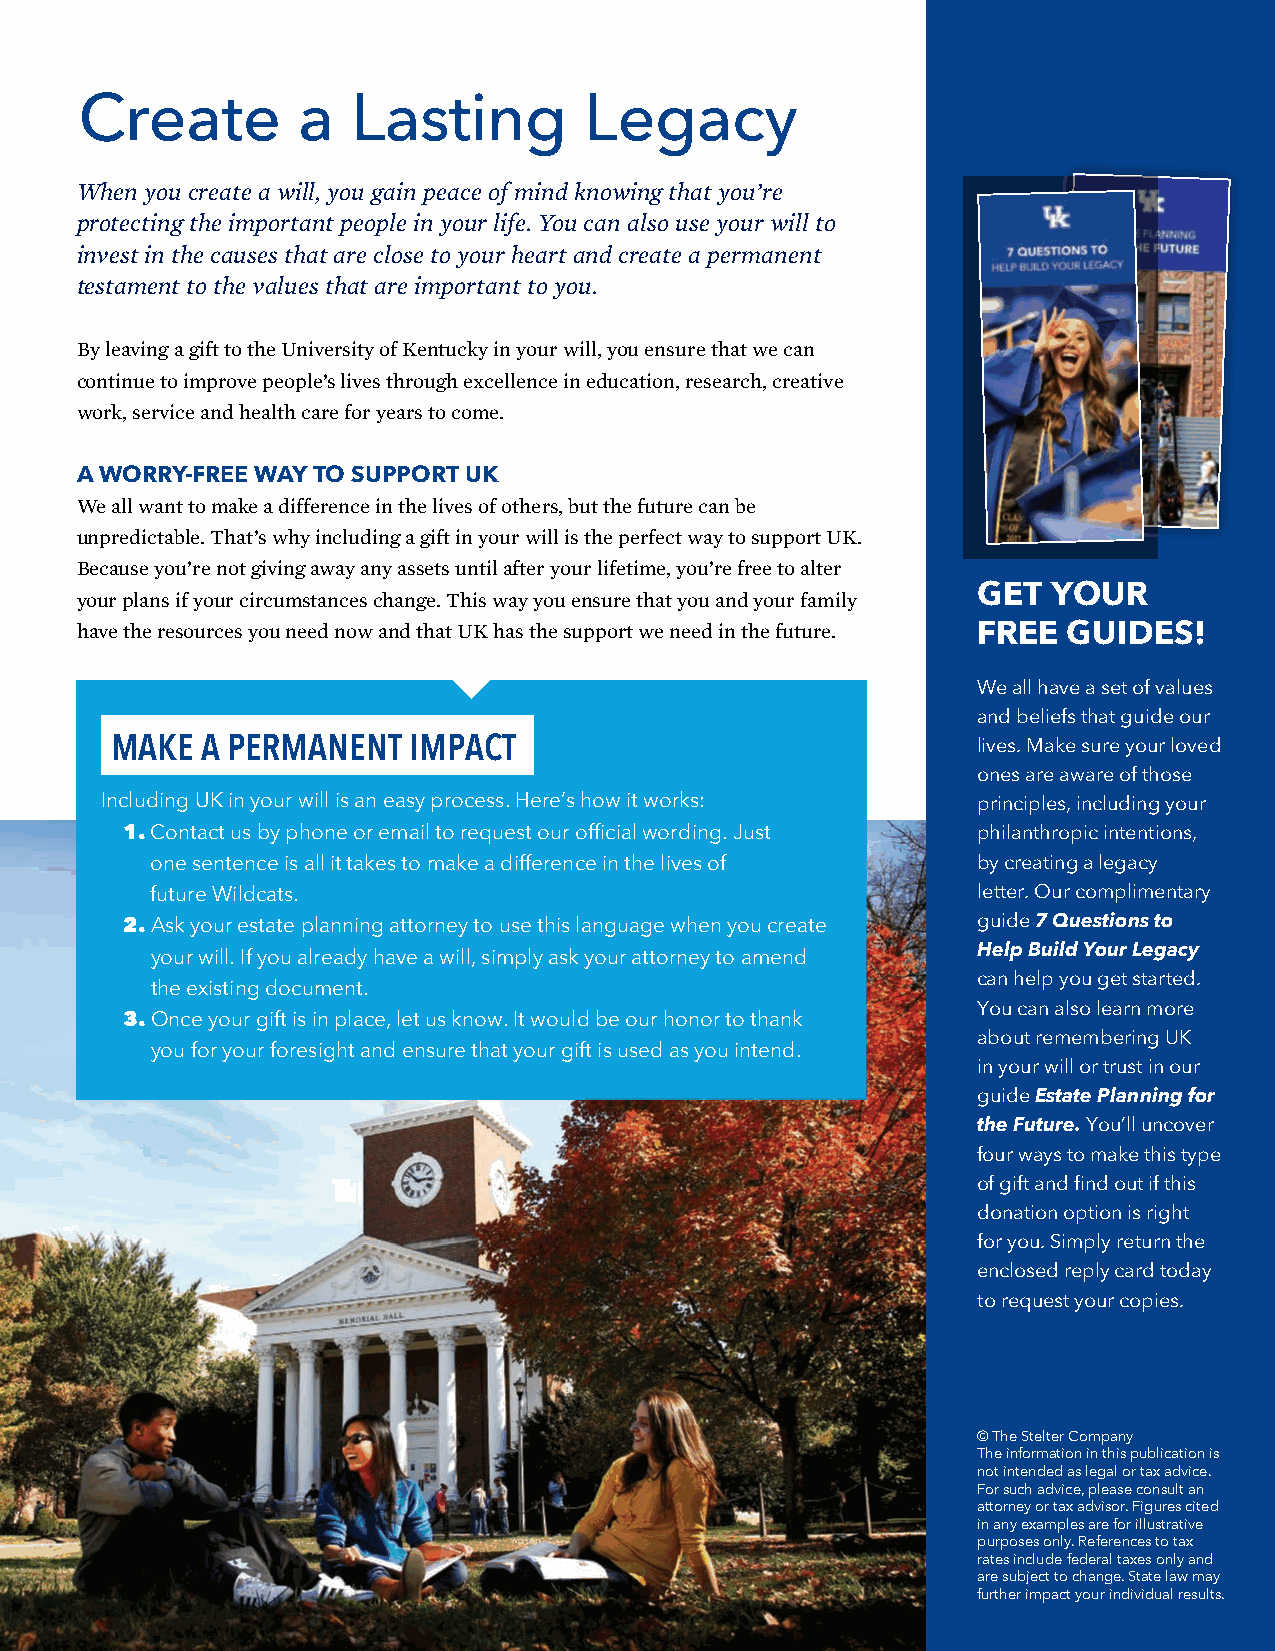
Create         a  Lasting         Legacy
 Whenyoucreateawill,yougainpeaceofmindknowingthatyou’re
 protectingtheimportantpeopleinyourlife.Youcanalsouseyourwillto
 investinthecausesthatareclosetoyourheartandcreateapermanent
 testamenttothevaluesthatareimportanttoyou.
 ByleavingagifttotheUniversityofKentuckyinyourwill,youensurethatwecan
 continuetoimprovepeople’slivesthroughexcellenceineducation,research,creative
 work,serviceandhealthcareforyearstocome.
 AWORRY-FREEWAYTO  SUPPORTUK
 Weallwanttomakeadifferenceinthelivesofothers,butthefuturecanbe
 unpredictable.That’swhyincludingagiftinyourwillistheperfectwaytosupportUK.
 Becauseyou’renotgivingawayanyassetsuntilafteryourlifetime,you’refreetoalter
 GET  YOUR
 yourplansifyourcircumstanceschange.Thiswayyouensurethatyouandyourfamily
 havetheresourcesyouneednowandthatUKhasthesupportweneedinthefuture. FREE GUIDES!
 Weallhaveasetofvalues
 andbeliefsthatguideour
 MAKE  A PERMANENT   IMPACT                                lives. Make sure your loved
 ones are aware of those
 Including UK in your will is an easy process. Here’s how it works: principles,includingyour
 1.Contact us by phone or email to request our official wording. Just philanthropicintentions,
 one sentence is all it takes to make a difference in the lives of bycreatingalegacy
 future Wildcats.                                       letter.Ourcomplimentary
 2.Ask your estate planning attorney to use this language when you create guide7 Questions to
 HelpBuildYourLegacy
 your will. If you already have a will, simply ask your attorney to amend
 can help you get started.
 the existing document.
 Youcanalsolearnmore
 3.Once your gift is in place, let us know. It would be our honor to thank
 aboutrememberingUK
 you for your foresight and ensure that your gift is used as you intend.
 in your will or trust in our
 guideEstatePlanningfor
 theFuture. You’ll uncover
 fourwaystomakethistype
 of gift and find out if this
 donationoptionisright
 foryou.Simplyreturnthe
 enclosedreplycardtoday
 torequestyourcopies.
 ©TheStelterCompany
 Theinformationinthispublicationis
 notintendedaslegalortaxadvice.
 Forsuchadvice,pleaseconsultan
 attorneyortaxadvisor.Figurescited
 inanyexamplesareforillustrative
 purposesonly.Referencestotax
 ratesincludefederaltaxesonlyand
 aresubjecttochange.Statelawmay
 furtherimpactyourindividualresults.